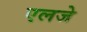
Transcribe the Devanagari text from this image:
एलजे